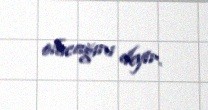
olacağını deyir.